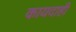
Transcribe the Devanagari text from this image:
कायदाही